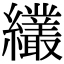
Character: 𦇱